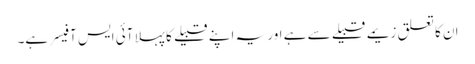
ان کا تعلق زیمے قبیلے سے ہے اور یہ اپنے قبیلے کا پہلا آئی ایس آفیسر ہے۔